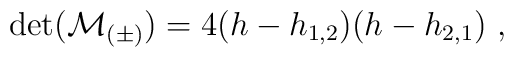
\det({\cal M}_{(\pm)} )=4(h-h_{1,2})(h-h_{2,1}){}~,